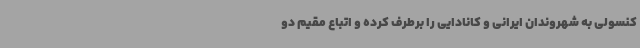
کنسولی به شهروندان ایرانی و کانادایی را برطرف کرده و اتباع مقیم دو